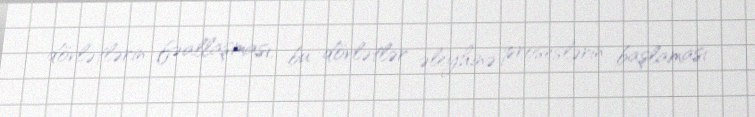
dövlətlərin fəallaşması, bu dövlətlər əleyhinə proseslərin başlaması